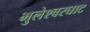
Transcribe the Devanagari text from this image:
भुलेश्वरघाट